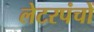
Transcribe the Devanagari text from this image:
लेटरपंचों